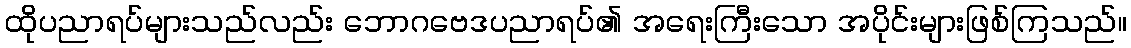
ထိုပညာရပ်များသည်လည်း ဘောဂဗေဒပညာရပ်၏ အရေးကြီးသော အပိုင်းများဖြစ်ကြသည်။